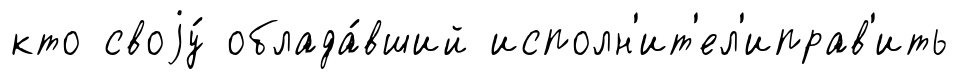
кто своjу́ облада́вший исполн'ит'ел'иправ'ить